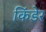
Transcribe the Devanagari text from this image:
किंडेर